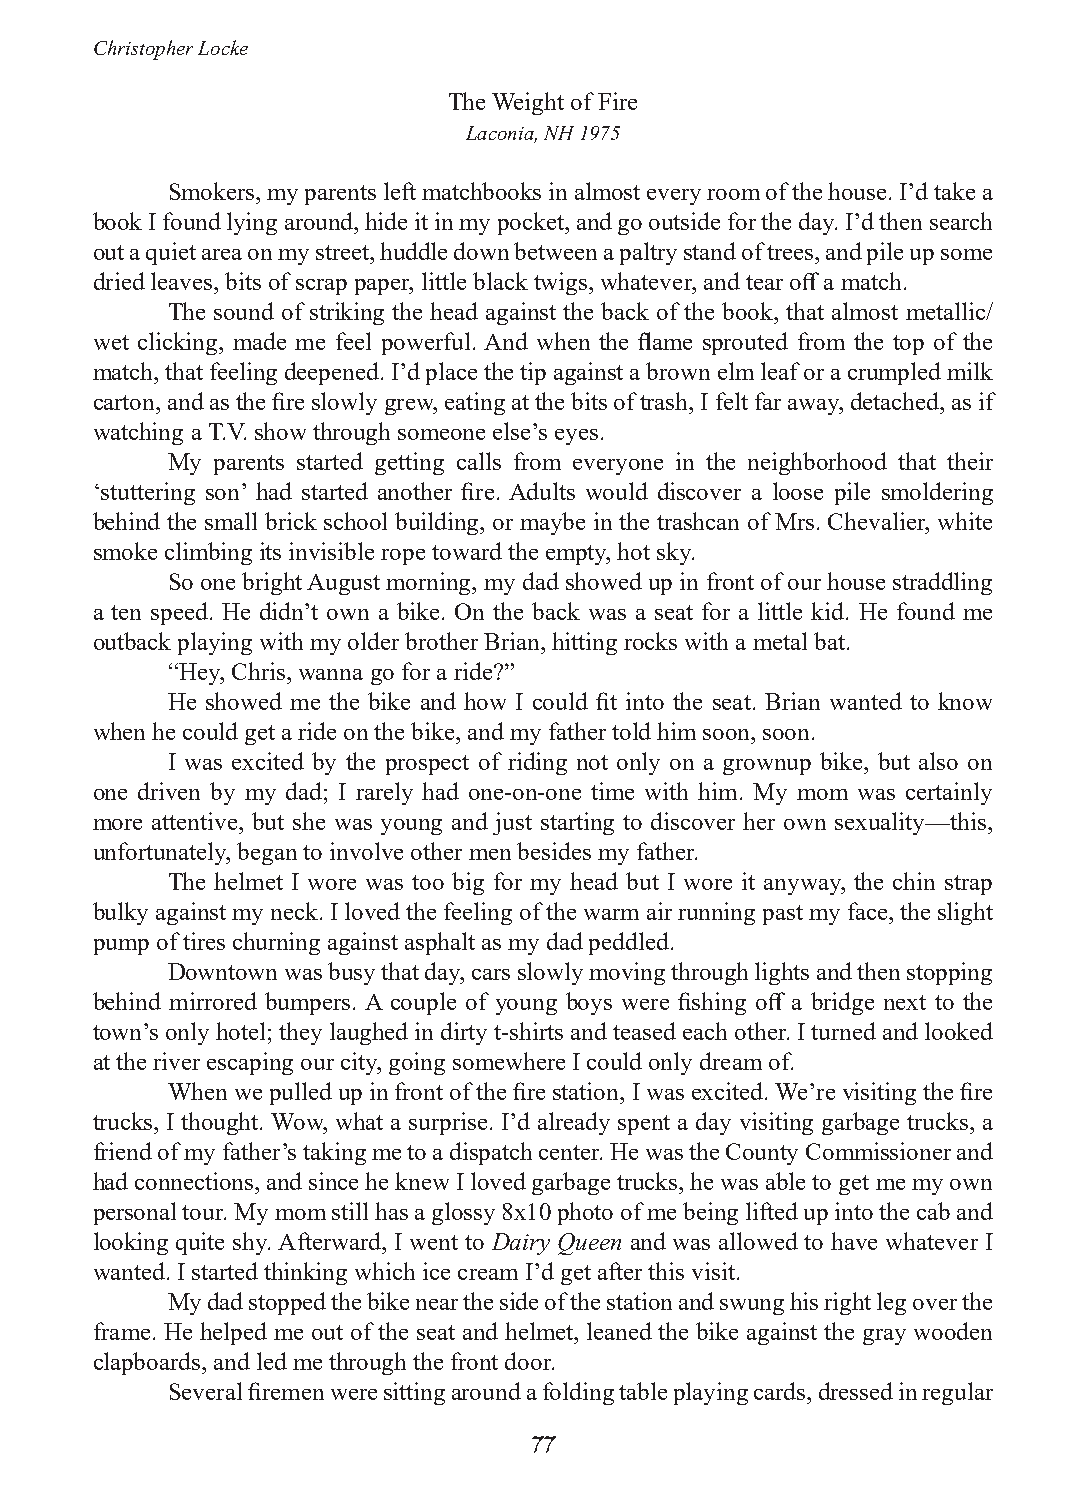
Christopher Locke
 The Weight of Fire
 Laconia, NH 1975
 Smokers, my parents left matchbooks in almost every room of the house. I’d take a
 book I found lying around, hide it in my pocket, and go outside for the day. I’d then search
 out a quiet area on my street, huddle down between a paltry stand of trees, and pile up some
 dried leaves, bits of scrap paper, little black twigs, whatever, and tear off a match.
 The sound of striking the head against the back of the book, that almost metallic/
 wet clicking, made me feel powerful. And when the flame sprouted from the top of the
 match, that feeling deepened. I’d place the tip against a brown elm leaf or a crumpled milk
 carton, and as the fire slowly grew, eating at the bits of trash, I felt far away, detached, as if
 watching a T.V. show through someone else’s eyes.
 My parents started getting calls from everyone in the neighborhood that their
 ‘stuttering son’ had started another fire. Adults would discover a loose pile smoldering
 behind the small brick school building, or maybe in the trashcan of Mrs. Chevalier, white
 smoke climbing its invisible rope toward the empty, hot sky.
 So one bright August morning, my dad showed up in front of our house straddling
 a ten speed. He didn’t own a bike. On the back was a seat for a little kid. He found me
 outback playing with my older brother Brian, hitting rocks with a metal bat.
 “Hey, Chris, wanna go for a ride?”
 He showed me the bike and how I could fit into the seat. Brian wanted to know
 when he could get a ride on the bike, and my father told him soon, soon.
 I was excited by the prospect of riding not only on a grownup bike, but also on
 one driven by my dad; I rarely had one-on-one time with him. My mom was certainly
 more attentive, but she was young and just starting to discover her own sexuality—this,
 unfortunately, began to involve other men besides my father.
 The helmet I wore was too big for my head but I wore it anyway, the chin strap
 bulky against my neck. I loved the feeling of the warm air running past my face, the slight
 pump of tires churning against asphalt as my dad peddled.
 Downtown was busy that day, cars slowly moving through lights and then stopping
 behind mirrored bumpers. A couple of young boys were fishing off a bridge next to the
 town’s only hotel; they laughed in dirty t-shirts and teased each other. I turned and looked
 at the river escaping our city, going somewhere I could only dream of.
 When we pulled up in front of the fire station, I was excited. We’re visiting the fire
 trucks, I thought. Wow, what a surprise. I’d already spent a day visiting garbage trucks, a
 friend of my father’s taking me to a dispatch center. He was the County Commissioner and
 had connections, and since he knew I loved garbage trucks, he was able to get me my own
 personal tour. My mom still has a glossy 8x10 photo of me being lifted up into the cab and
 looking quite shy. Afterward, I went to Dairy Queen and was allowed to have whatever I
 wanted. I started thinking which ice cream I’d get after this visit.
 My dad stopped the bike near the side of the station and swung his right leg over the
 frame. He helped me out of the seat and helmet, leaned the bike against the gray wooden
 clapboards, and led me through the front door.
 Several firemen were sitting around a folding table playing cards, dressed in regular
 77